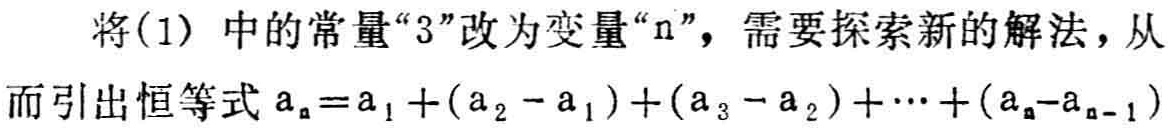
将(1) 中的常量“3”改为变量“n”，需要探索新的解法，从而引出恒等式 \(a_{n}=a_{1}+(a_{2}-a_{1})+(a_{3}-a_{2})+\cdots+(a_{n}-a_{n - 1})\)